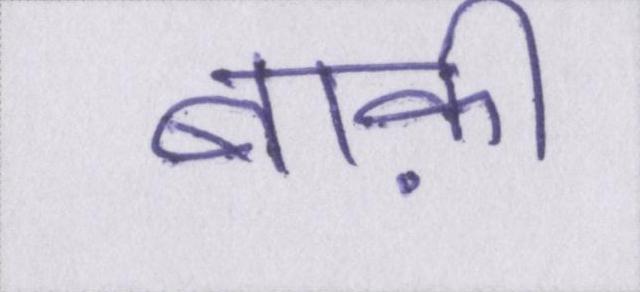
बाक़ी